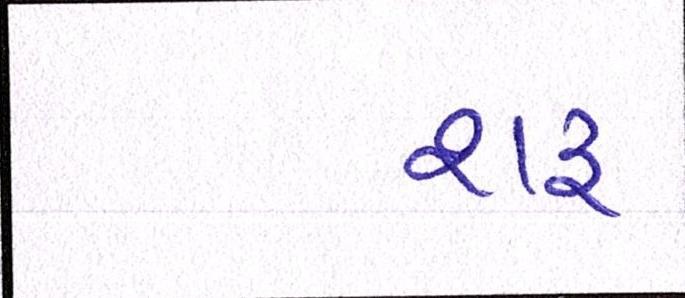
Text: શરુ